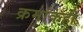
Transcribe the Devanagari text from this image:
क्रमांकही